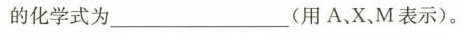
的化学式为___(用A、X，M表示)。